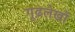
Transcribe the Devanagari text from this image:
गूढ़लेखों